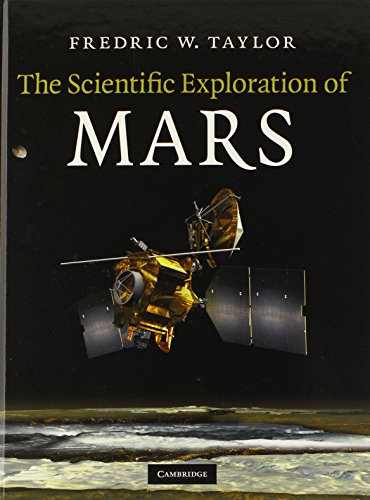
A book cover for The Scientific Exploration of Mars; Fredric W. Taylor; Science & Math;